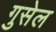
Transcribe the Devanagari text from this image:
गुसेल